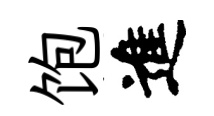
饱進